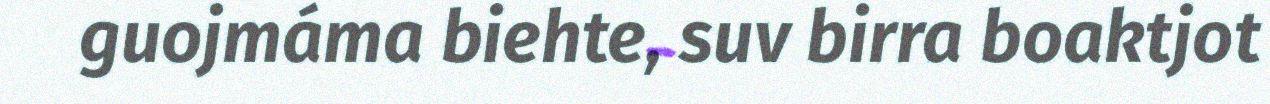
guojmáma biehte, suv birra boaktjot